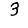
Digit: 3